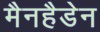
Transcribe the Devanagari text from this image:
मैनहैडेन